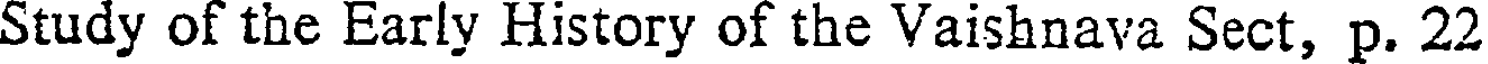
Study of the Early History of the Vaishnava Sect, p. 22